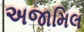
અજામિલ